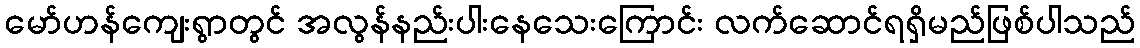
မော်ဟန်ကျေးရွာတွင် အလွန်နည်းပါးနေသေးကြောင်း လက်ဆောင်ရရှိမည်ဖြစ်ပါသည်